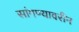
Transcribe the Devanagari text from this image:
सांगण्यावरीन